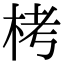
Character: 栲